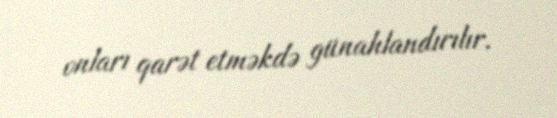
onları qarət etməkdə günahlandırılır.